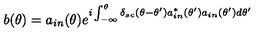
b ( \theta ) = a _ { i n } ( \theta ) e ^ { i \int _ { - \infty } ^ { \theta } \delta _ { s c } ( \theta - \theta ^ { \prime } ) a _ { i n } ^ { * } ( \theta ^ { \prime } ) a _ { i n } ( \theta ^ { \prime } ) d \theta ^ { \prime } }